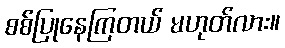
စစ်ပြုနေကြတယ် မဟုတ်လား။